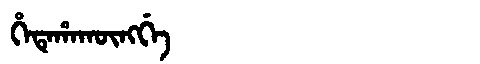
Manchu: ᡥᡝᡨᡝᡥᠠᡴᡡᠩᡤᡝ
Romanization: HETEHAKŪNGGE